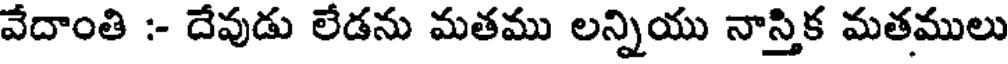
వేదాంతి :- దేవుడు లేడను మతము లన్నియు నాస్తిక మతములు